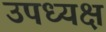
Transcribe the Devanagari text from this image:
उपध्यक्ष